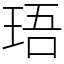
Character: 珸